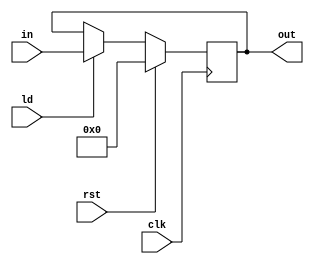
`timescale 1ns / 1ps

module register_8bit(clk, rst, ld, in, out);
input ld;
input clk, rst;
input [7:0] in;
output reg [7:0] out;

always @(posedge clk)
if(rst)     out <= 8'd0;
else if (ld) out <= in;
endmodule